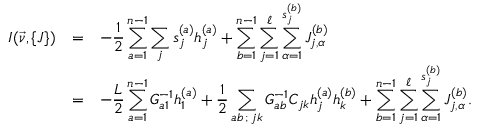
\begin{array} { c c l } { { { \cal I } ( \vec { \nu } , \{ J \} ) } } & { { = } } & { { \displaystyle - { \frac { 1 } { 2 } } \sum _ { a = 1 } ^ { n - 1 } \sum _ { j } s _ { j } ^ { ( a ) } h _ { j } ^ { ( a ) } + \sum _ { b = 1 } ^ { n - 1 } \sum _ { j = 1 } ^ { \ell } \sum _ { \alpha = 1 } ^ { s _ { j } ^ { ( b ) } } J _ { j , \alpha } ^ { ( b ) } } } \\ { { } } & { { = } } & { { \displaystyle - { \frac { L } { 2 } } \sum _ { a = 1 } ^ { n - 1 } G _ { a 1 } ^ { - 1 } h _ { 1 } ^ { ( a ) } + { \frac { 1 } { 2 } } \sum _ { a b \, ; \, j k } G _ { a b } ^ { - 1 } C _ { j k } h _ { j } ^ { ( a ) } h _ { k } ^ { ( b ) } + \sum _ { b = 1 } ^ { n - 1 } \sum _ { j = 1 } ^ { \ell } \sum _ { \alpha = 1 } ^ { s _ { j } ^ { ( b ) } } J _ { j , \alpha } ^ { ( b ) } . } } \end{array}